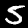
Label: 5